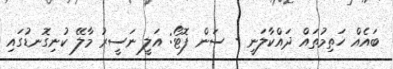
ބައެއް ހަތިމުތައް ދައްކާލަނީ - ސަން ފޮޓޯ: އަލީ ނަސީރު މާލޭ ކުނިގޮނޑުގައި